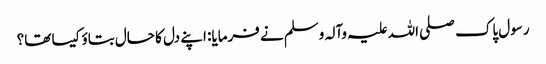
رسول پاک صلی اللہ علیہ وآلہ وسلم نے فرمایا: اپنے دل کا حال بتاؤ کیسا تھا؟